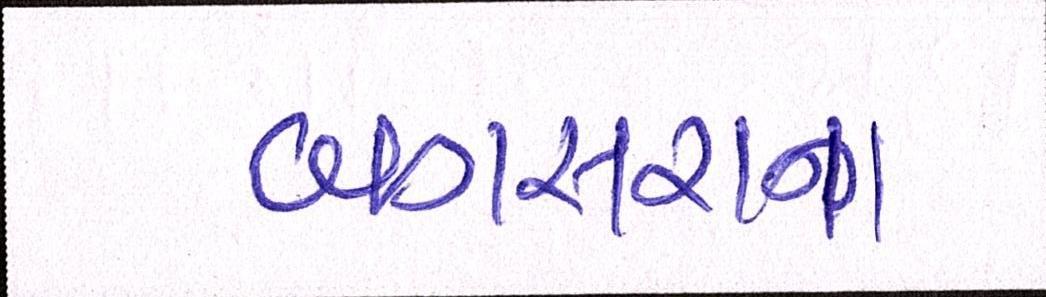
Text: બગસરાના